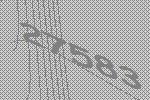
27583